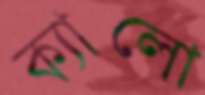
ক্যালো